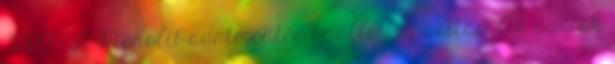
30.000 Ft Monolit adatmentés – nulla kapacitás. Az adatok